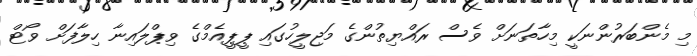
މި މެންބަރުންނަކީ މިހާތަނަށް ވެސް ރައްޔިތުންގެ މަޖިލީހުގައި ޕީޕީއެމްގެ ވިޕްލައިނާ ހިލާފަށް ވޯޓް